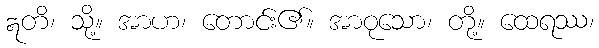
ဣတိ၊ သို့။ အာဟ၊ တောင်း၏။ အာဝုသော၊ တို့။ ထေရဿ၊